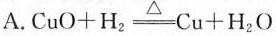
A $$.CuO+H_{2} \xlongequal[